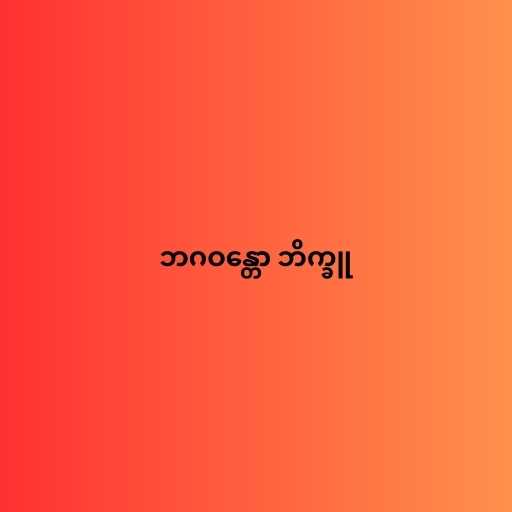
ဘဂဝန္တော ဘိက္ခူ